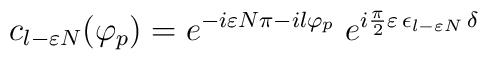
c_{l-\varepsilon N}(\varphi_p)=e^{-i\varepsilon N \pi-il\varphi_p}\;e^{i{\pi\over 2}\varepsilon\,\epsilon_{l-\varepsilon N}\,\delta}